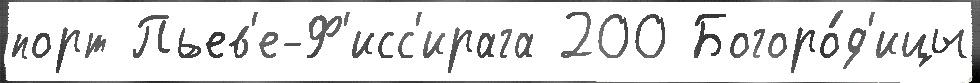
порт Пьев'е-Ф'исс'ирага 200 Богоро́д'ицы